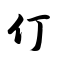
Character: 仃